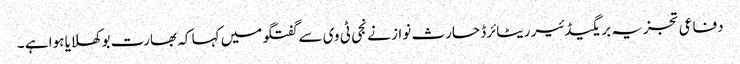
دفاعی تجزیہ بریگیڈئیر ریٹائرڈ حارث نواز نے نجی ٹی وی سے گفتگو میں کہا کہ بھارت بوکھلایا ہوا ہے ۔